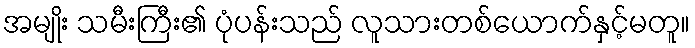
အမျိုး သမီးကြီး၏ ပုံပန်းသည် လူသားတစ်ယောက်နှင့်မတူ။